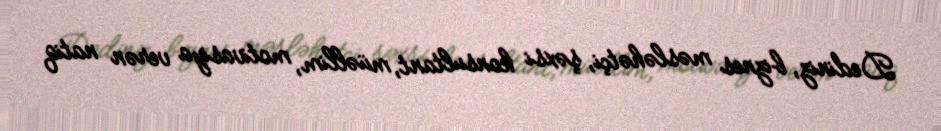
Dediniz, biznes məsləhətçi, şəxsi konsultant, müəllim, motivasiya verən natiq